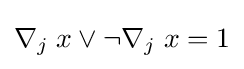
\nabla _{j}\;x\vee \neg \nabla _{j}\;x=1